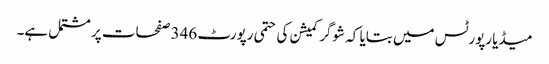
میڈیا رپورٹس میں بتایا کہ شوگر کمیشن کی حتمی رپورٹ 346 صفحات پر مشتمل ہے۔